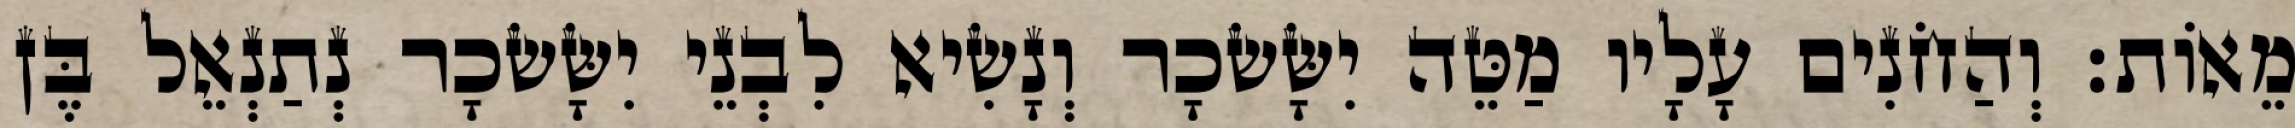
מֵאוֹת׃ וְהַחֹנִים עָלָיו מַטֵּה יִשָּׂשׂכָר וְנָשִׂיא לִבְנֵי יִשָּׂשׂכָר נְתַנְאֵל בֶּן